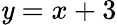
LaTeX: \mathit{y}=x+3